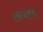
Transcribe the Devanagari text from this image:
लल्लाट